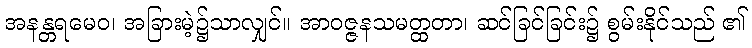
အနန္တရမေဝ၊ အခြားမဲ့၌သာလျှင်။ အာဝဇ္ဇနသမတ္ထတာ၊ ဆင်ခြင်ခြင်း၌ စွမ်းနိုင်သည် ၏